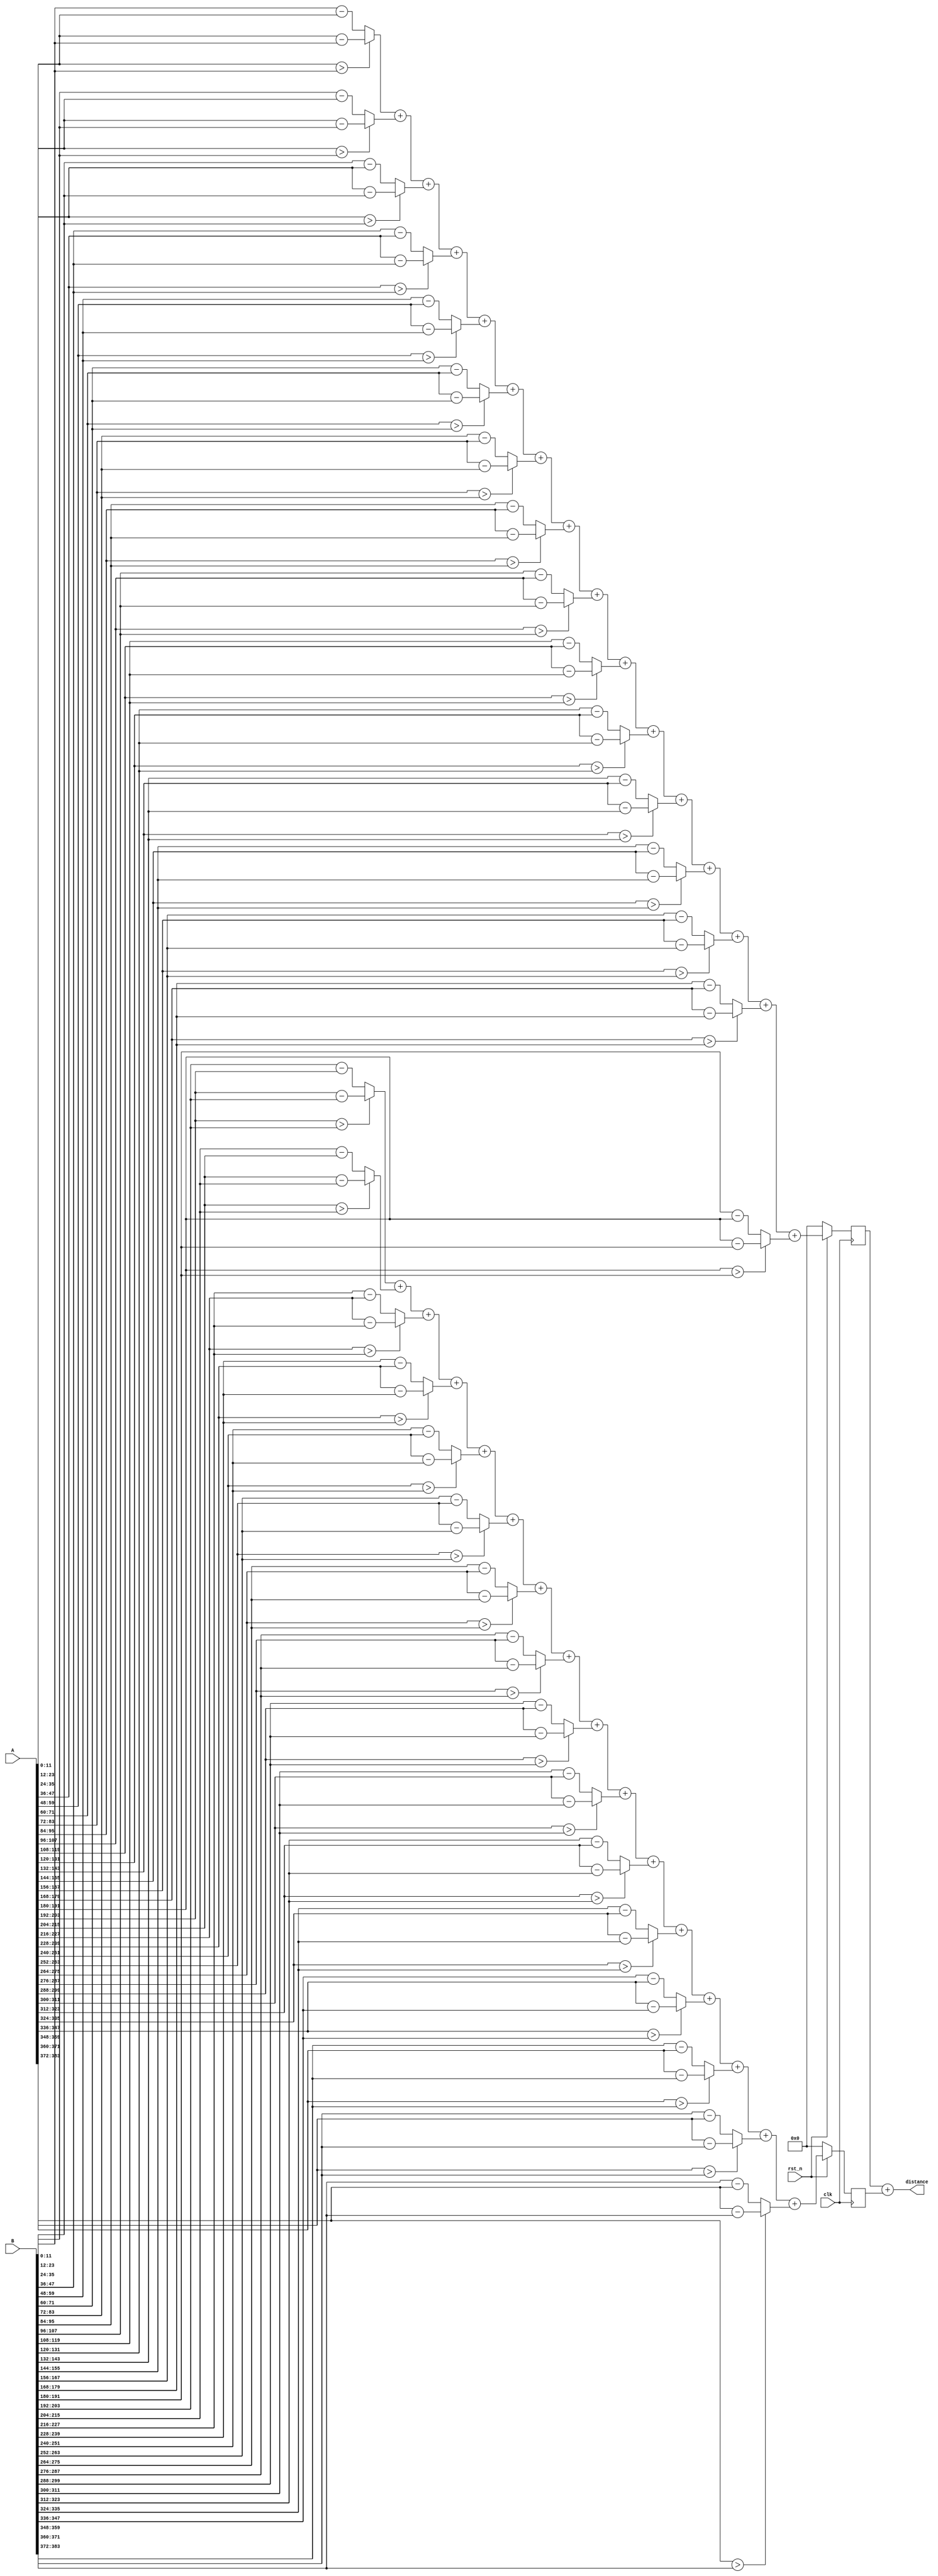
module computeDistance(//combinational,should have m * n copies
    clk,
    rst_n,
    A,//each dim is an integer(12 bit)
    B,
    distance
);

    input               clk;
    input               rst_n;
    input       [383:0] A;//(12 bit) * (32 dim)
    input       [383:0] B;
    output      [14:0]  distance;
    
    //////////////////////////////
    
    reg     [14:0]  itmdaResult1, itmdaResult2;
    
    //////////////////////////////
    
    wire[11:0]  dim01; wire[11:0]  dim02; wire[11:0]  dim03; wire[11:0]  dim04;
    wire[11:0]  dim05; wire[11:0]  dim06; wire[11:0]  dim07; wire[11:0]  dim08;
    wire[11:0]  dim09; wire[11:0]  dim10; wire[11:0]  dim11; wire[11:0]  dim12;
    wire[11:0]  dim13; wire[11:0]  dim14; wire[11:0]  dim15; wire[11:0]  dim16;
    wire[11:0]  dim17; wire[11:0]  dim18; wire[11:0]  dim19; wire[11:0]  dim20;
    wire[11:0]  dim21; wire[11:0]  dim22; wire[11:0]  dim23; wire[11:0]  dim24;
    wire[11:0]  dim25; wire[11:0]  dim26; wire[11:0]  dim27; wire[11:0]  dim28;
    wire[11:0]  dim29; wire[11:0]  dim30; wire[11:0]  dim31; wire[11:0]  dim32;
    
    //////////////////////////////
    
    assign dim01 = (A[11:0] > B[11:0])? A[11:0] - B[11:0] : B[11:0] - A[11:0];
    assign dim02 = (A[23:12] > B[23:12])? A[23:12] - B[23:12] : B[23:12] - A[23:12];
    assign dim03 = (A[35:24] > B[35:24])? A[35:24] - B[35:24] : B[35:24] - A[35:24];
    assign dim04 = (A[47:36] > B[47:36])? A[47:36] - B[47:36] : B[47:36] - A[47:36];
    assign dim05 = (A[59:48] > B[59:48])? A[59:48] - B[59:48] : B[59:48] - A[59:48];
    assign dim06 = (A[71:60] > B[71:60])? A[71:60] - B[71:60] : B[71:60] - A[71:60];
    assign dim07 = (A[83:72] > B[83:72])? A[83:72] - B[83:72] : B[83:72] - A[83:72];
    assign dim08 = (A[95:84] > B[95:84])? A[95:84] - B[95:84] : B[95:84] - A[95:84];
    assign dim09 = (A[107:96] > B[107:96])? A[107:96] - B[107:96] : B[107:96] - A[107:96];
    assign dim10 = (A[119:108] > B[119:108])? A[119:108] - B[119:108] : B[119:108] - A[119:108];
    assign dim11 = (A[131:120] > B[131:120])? A[131:120] - B[131:120] : B[131:120] - A[131:120];
    assign dim12 = (A[143:132] > B[143:132])? A[143:132] - B[143:132] : B[143:132] - A[143:132];
    assign dim13 = (A[155:144] > B[155:144])? A[155:144] - B[155:144] : B[155:144] - A[155:144];
    assign dim14 = (A[167:156] > B[167:156])? A[167:156] - B[167:156] : B[167:156] - A[167:156];
    assign dim15 = (A[179:168] > B[179:168])? A[179:168] - B[179:168] : B[179:168] - A[179:168];
    assign dim16 = (A[191:180] > B[191:180])? A[191:180] - B[191:180] : B[191:180] - A[191:180];
    assign dim17 = (A[203:192] > B[203:192])? A[203:192] - B[203:192] : B[203:192] - A[203:192];
    assign dim18 = (A[215:204] > B[215:204])? A[215:204] - B[215:204] : B[215:204] - A[215:204];
    assign dim19 = (A[227:216] > B[227:216])? A[227:216] - B[227:216] : B[227:216] - A[227:216];
    assign dim20 = (A[239:228] > B[239:228])? A[239:228] - B[239:228] : B[239:228] - A[239:228];
    assign dim21 = (A[251:240] > B[251:240])? A[251:240] - B[251:240] : B[251:240] - A[251:240];
    assign dim22 = (A[263:252] > B[263:252])? A[263:252] - B[263:252] : B[263:252] - A[263:252];
    assign dim23 = (A[275:264] > B[275:264])? A[275:264] - B[275:264] : B[275:264] - A[275:264];
    assign dim24 = (A[287:276] > B[287:276])? A[287:276] - B[287:276] : B[287:276] - A[287:276];
    assign dim25 = (A[299:288] > B[299:288])? A[299:288] - B[299:288] : B[299:288] - A[299:288];
    assign dim26 = (A[311:300] > B[311:300])? A[311:300] - B[311:300] : B[311:300] - A[311:300];
    assign dim27 = (A[323:312] > B[323:312])? A[323:312] - B[323:312] : B[323:312] - A[323:312];
    assign dim28 = (A[335:324] > B[335:324])? A[335:324] - B[335:324] : B[335:324] - A[335:324];
    assign dim29 = (A[347:336] > B[347:336])? A[347:336] - B[347:336] : B[347:336] - A[347:336];
    assign dim30 = (A[359:348] > B[359:348])? A[359:348] - B[359:348] : B[359:348] - A[359:348];
    assign dim31 = (A[371:360] > B[371:360])? A[371:360] - B[371:360] : B[371:360] - A[371:360];
    assign dim32 = (A[383:372] > B[383:372])? A[383:372] - B[383:372] : B[383:372] - A[383:372];
    
    //assign distance = dim01 + dim02 + dim03 + dim04 + dim05 +
    //                  dim06 + dim07 + dim08 + dim09 + dim10 +
    //                  dim11 + dim12 + dim13 + dim14 + dim15 +
    //                  dim16 + dim17 + dim18 + dim19 + dim20 +
    //                  dim21 + dim22 + dim23 + dim24 + dim25 +
    //                  dim26 + dim27 + dim28 + dim29 + dim30 +
    //                  dim31 + dim32;
    
    assign distance = itmdaResult1 + itmdaResult2;
    
    //////////////////////////////
    
    always @(posedge clk) begin //itmdaResult1
    
        if(!rst_n)
            itmdaResult1 <= 'd0;
        else
            itmdaResult1 <= dim01 + dim02 + dim03 + dim04 + dim05 +
                            dim06 + dim07 + dim08 + dim09 + dim10 +
                            dim11 + dim12 + dim13 + dim14 + dim15 +
                            dim16;
    
    end
    
    always @(posedge clk) begin //itmdaResult2
    
        if(!rst_n)
            itmdaResult2 <= 'd0;
        else
            itmdaResult2 <= dim17 + dim18 + dim19 + dim20 +
                            dim21 + dim22 + dim23 + dim24 + dim25 +
                            dim26 + dim27 + dim28 + dim29 + dim30 +
                            dim31 + dim32;
    
    end
    
                      
endmodule